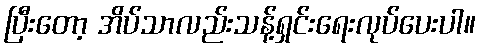
ပြီးတော့ အိပ်သာလည်းသန့်ရှင်းရေးလုပ်ပေးပါ။